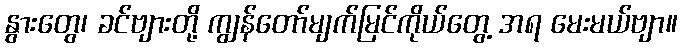
နွားတွေ၊ ခင်ဗျားတို့ ကျွန်တော်မျက်မြင်ကိုယ်တွေ့ အရ မေးမယ်ဗျာ။